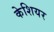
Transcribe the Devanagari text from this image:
केशियर